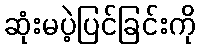
ဆုံးမပဲ့ပြင်ခြင်းကို